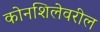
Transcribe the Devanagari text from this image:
कोनशिलेवरील